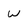
Character: w